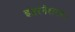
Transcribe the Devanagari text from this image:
इंटरनेशनल।